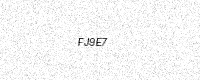
Text: FJ9E7